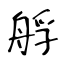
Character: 艀